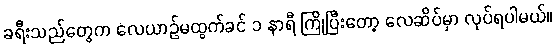
ခရီးသည်တွေက လေယာဉ်မထွက်ခင် ၁ နာရီ ကြိုပြီးတော့ လေဆိပ်မှာ လုပ်ရပါမယ်။